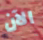
الآن